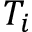
T _ { i }